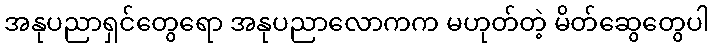
အနုပညာရှင်တွေရော အနုပညာလောကက မဟုတ်တဲ့ မိတ်ဆွေတွေပါ